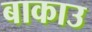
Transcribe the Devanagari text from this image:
बाकाउ